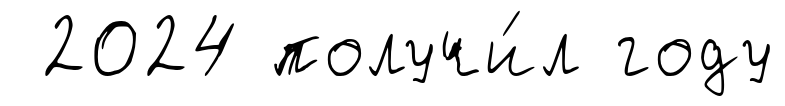
2024 получи́л году